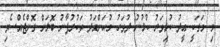
މި މަގަކީ ޢީދު ކުޅިވަރު ކުޅުނު ދުވަހު މުޙަންމަދު ތަކުރުފާނު ބޮލަށް ގޮންޖެއްސެވި